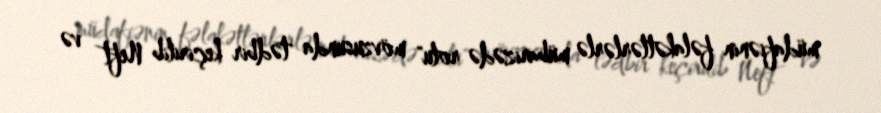
müdafiənin fəlakətlərlərlə mübarizədə rolu" mövzusunda tədbir keçirilib Neft və